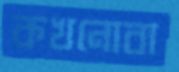
কখনোবা